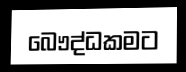
බෞද්ධකමට